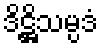
ဒိဋ္ဌိသမ္ပဒံ